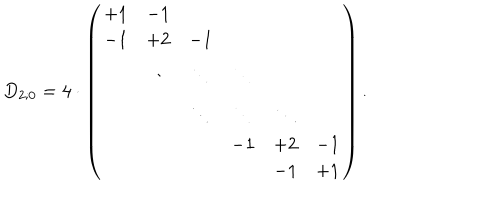
LaTeX: D _ { 2 ; 0 } = 4 \cdot \left( \begin{array} { c c c c c c } { { + 1 } } & { { - 1 } } & { { } } & { { } } & { { } } & { { } } \\ { { - 1 } } & { { + 2 } } & { { - 1 } } & { { } } & { { } } & { { } } \\ { { } } & { { \ddots } } & { { \ddots } } & { { \ddots } } & { { } } & { { } } \\ { { } } & { { } } & { { \ddots } } & { { \ddots } } & { { \ddots } } & { { } } \\ { { } } & { { } } & { { } } & { { - 1 } } & { { + 2 } } & { { - 1 } } \\ { { } } & { { } } & { { } } & { { } } & { { - 1 } } & { { + 1 } } \\ \end{array} \right) .